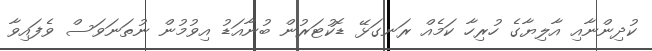
ކުދިންނާއި އާލިޔާގެ ހުރިހާ ކަމެއް ރަނގަޅޭ ޑޮކުޓަރުން ބުނާއަޑު އިވުމުން ނުތަނަވަސް ވެފައިވާ